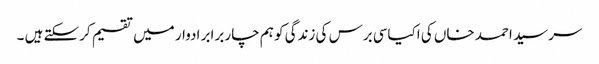
سرسید احمد خاں کی اکیاسی برس کی زندگی کو ہم چار برابر ادوار میں تقسیم کرسکتے ہیں ۔